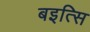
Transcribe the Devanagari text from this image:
बइत्सि